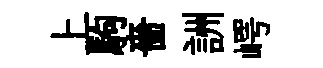
上駒嗇詶崿